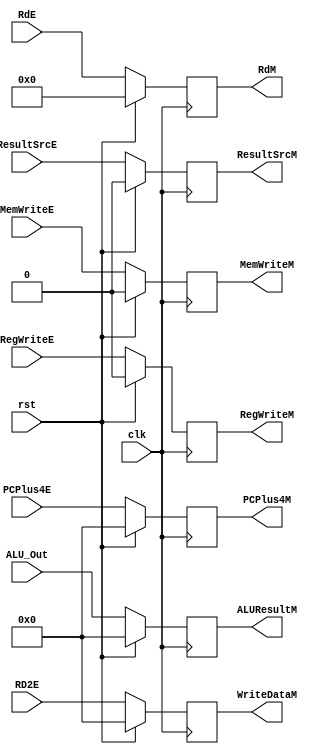
`timescale 1ns / 1ps
//////////////////////////////////////////////////////////////////////////////////
// Company: 
// Engineer: 
// 
// Design Name: 
// Module Name: reg_ex_mem
// Project Name: 
// Target Devices: 
// Tool Versions: 
// Description: 
// 
// Dependencies: 
// 
// Revision:
// Revision 0.01 - File Created
// Additional Comments:
// 
//////////////////////////////////////////////////////////////////////////////////


module reg_ex_mem(
	input  wire clk,
	input  wire rst,
	input  wire [31:0] ALU_Out,
	input  wire [31:0]RD2E,
	input  wire [4:0] RdE,
	input  wire [31:0] PCPlus4E,
	input  wire ResultSrcE,
	input  wire RegWriteE,
	input  wire MemWriteE,
	
	output reg [31:0] ALUResultM,
    output reg [31:0] WriteDataM,
    output reg [4:0] RdM,
    output reg [31:0] PCPlus4M,
	output reg ResultSrcM,
    output reg RegWriteM,
    output reg MemWriteM
);

	always @ (posedge clk) begin
		if(rst) begin
			ALUResultM <= 0;
            WriteDataM <= 0;
            RdM <= 0;
            PCPlus4M <= 0;
            ResultSrcM <= 0;
            RegWriteM <= 0;
            MemWriteM <=0;
		end else begin
			ALUResultM <= ALU_Out;
            WriteDataM <= RD2E;
            RdM <= RdE;
            PCPlus4M <= PCPlus4E;
            ResultSrcM <= ResultSrcE;
            RegWriteM <= RegWriteE;
            MemWriteM <=MemWriteE;
		end
	end

endmodule